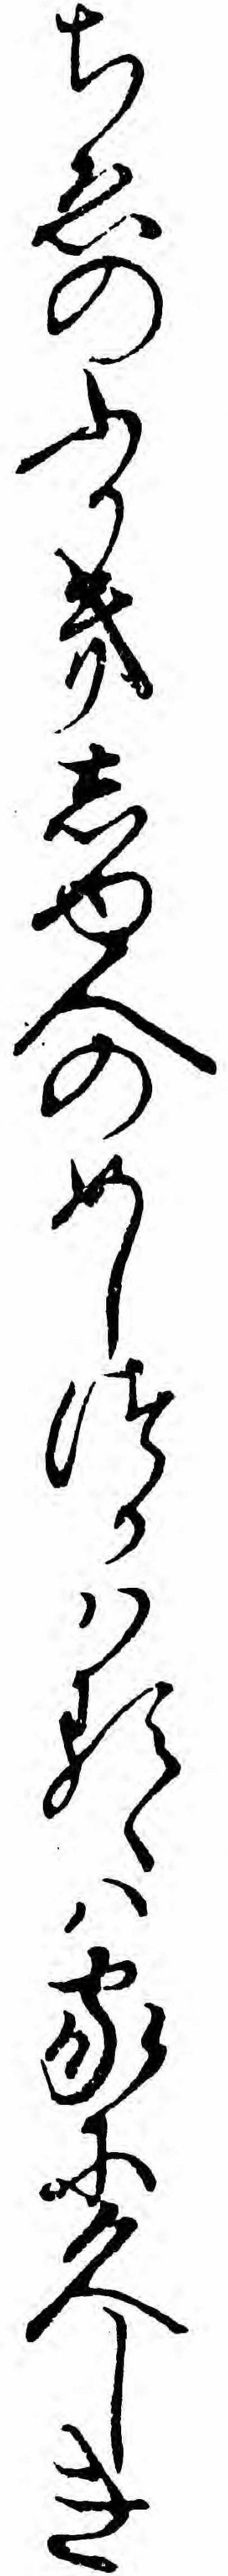
ちゑのふかきしゆ人のめしつかハるゝハ家に久しき